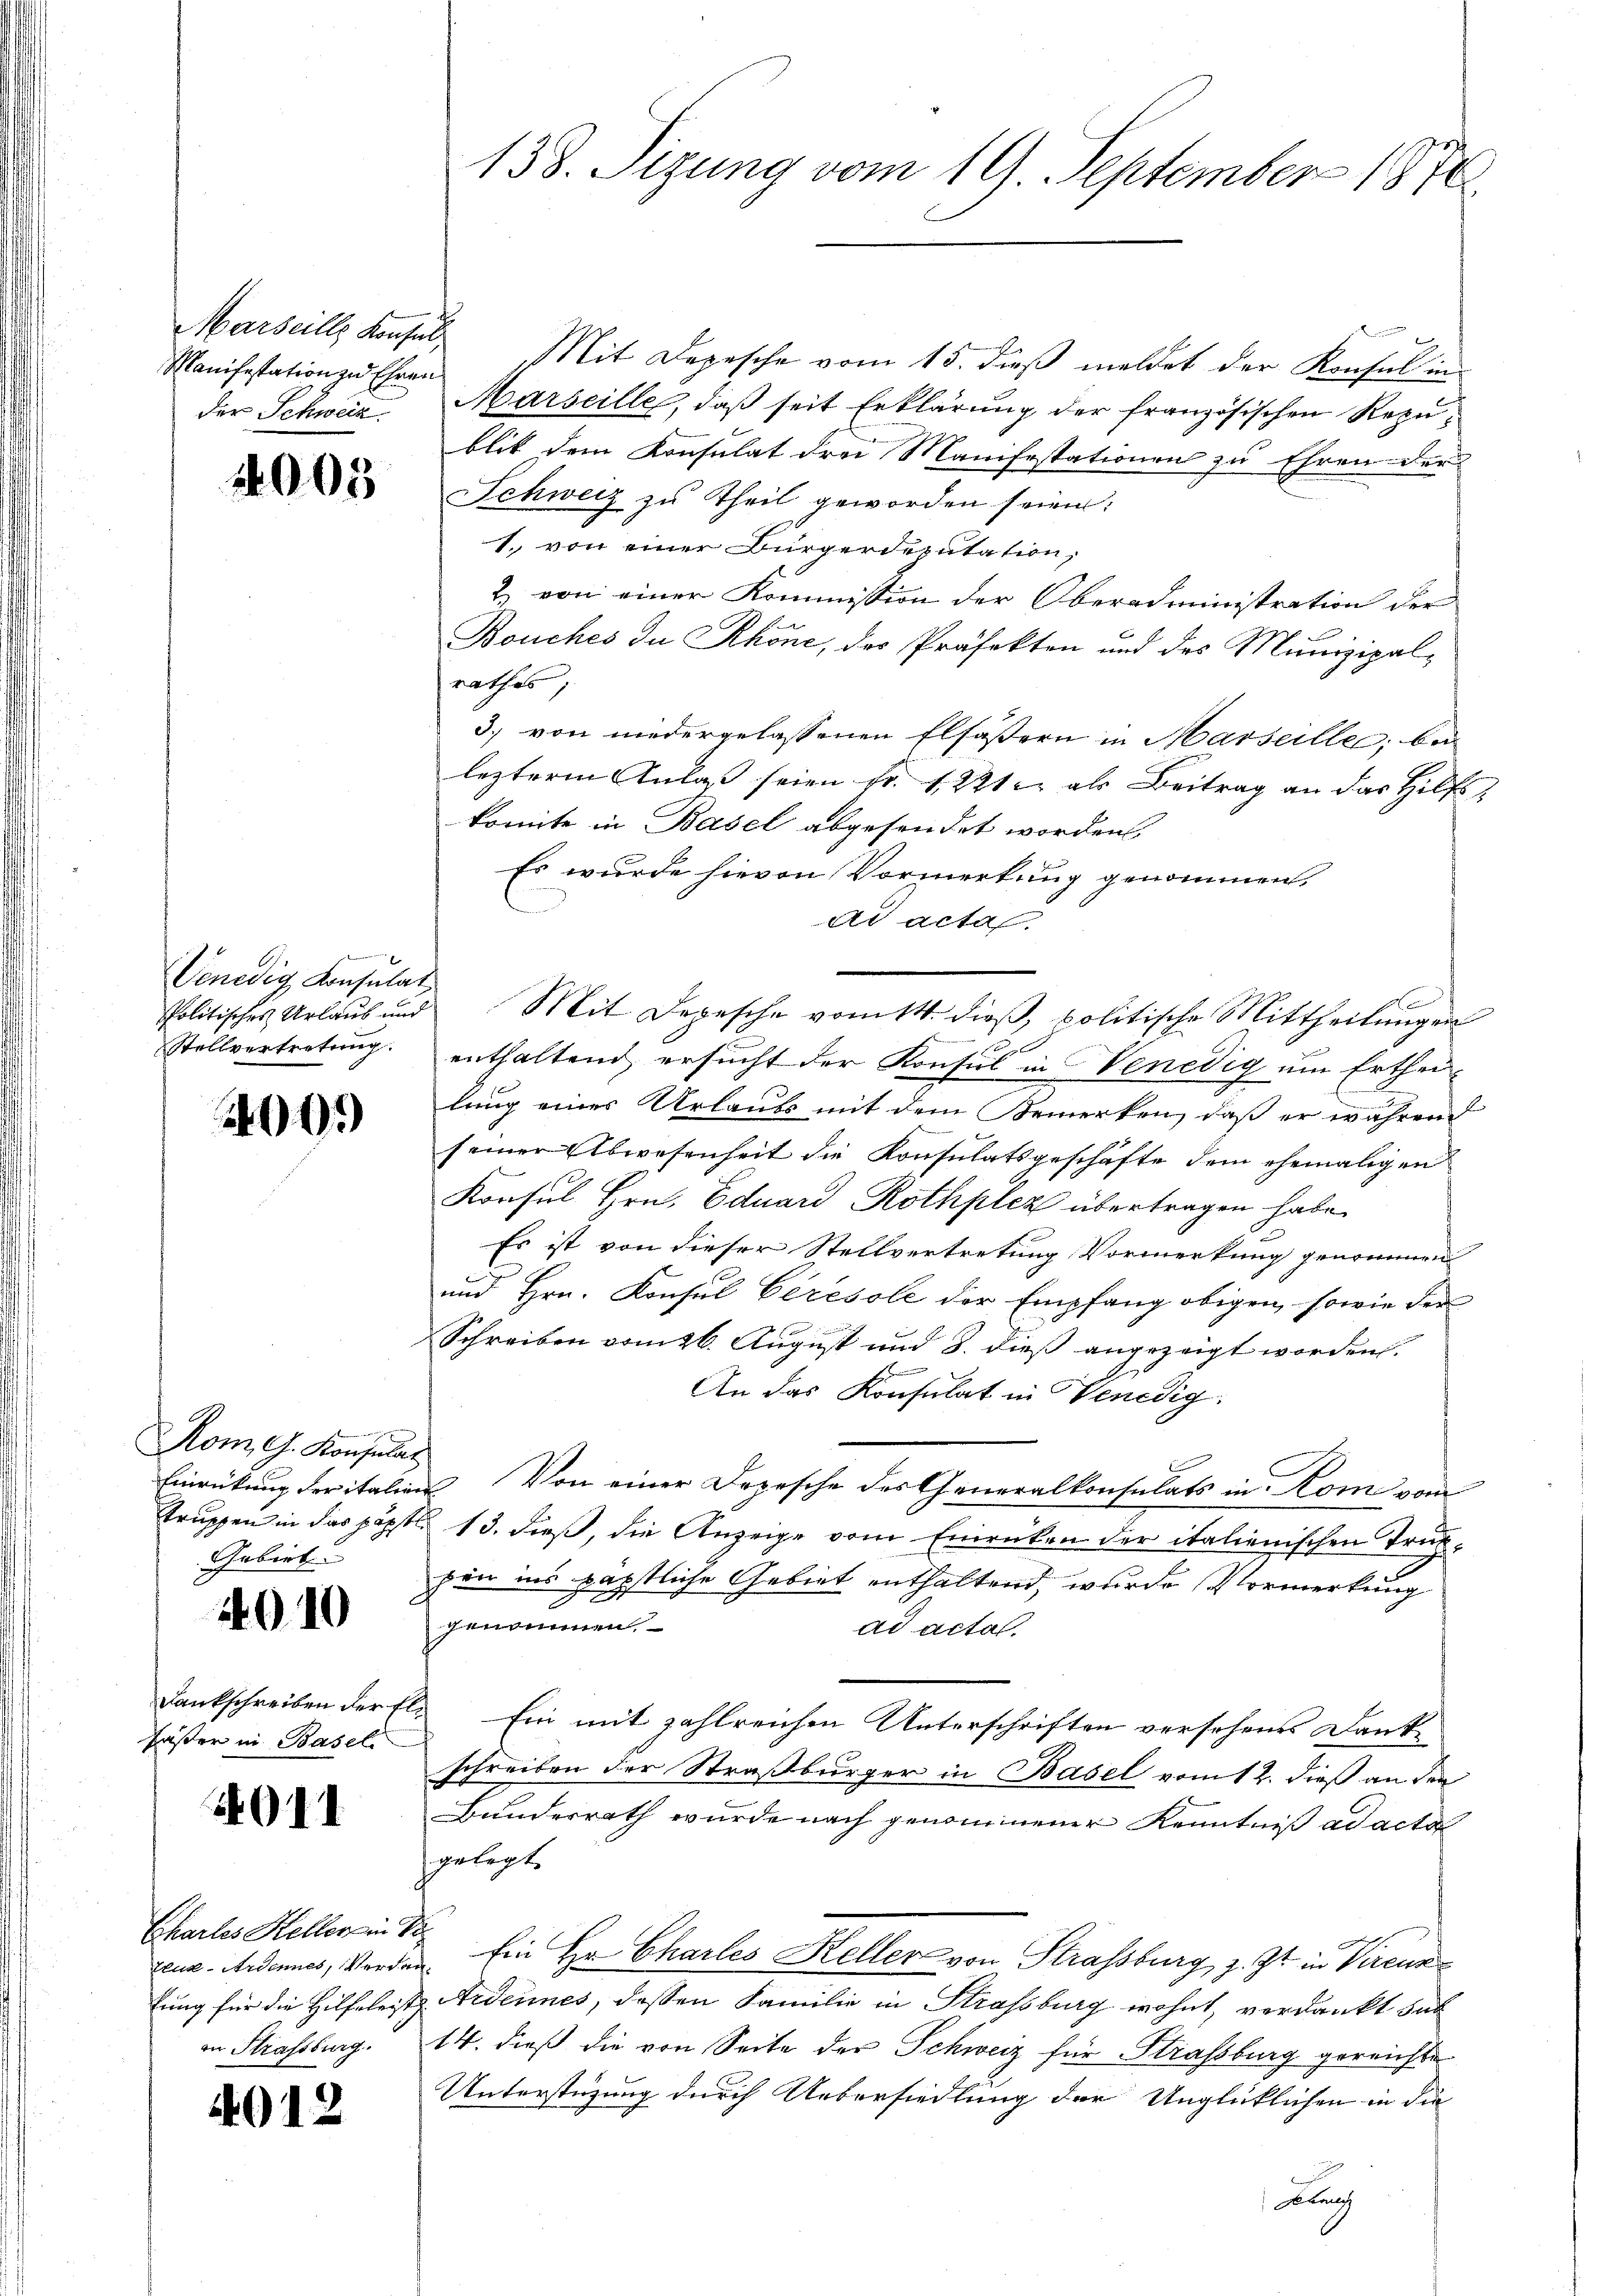
Manifestation zu Ehren
der Schweiz.

400.

Rom, C. Konsulat
Gebiet

4010

Fäßer in Basel

4011

Chartes Keller in di
an Strassburg.

401.

4005

l
Venedig, Konsulat
spolitisches Urlaub und
Stellvertretung.

.
Marseills Konsul Mit Depesche vom 15. dieβ meldet der Konsul in
Marseille, daß seit Erklärung der französischen Rezublik dem Konsulat drei Manifestationen zu Ehren der
Schweiz zu Theil geworden seien:
1. von einer Bürgerdeputation,
2) von einer Kommission der Oberadministration der
Bouches du Rhone, des Präfekten und des Munizipalrathes;
3) von niedergelassenen Elsässern in Marseille, bei
lezteren Anlaß seien Fr. 1 221. als Beitrag an das Hilfs
konnte in Basel abgesendet worden.
Es wurde hievon Vormerkung genommen,
ad acta.
Mit Depesche vom 14. dieß, politische Mittheilungen
enthaltend ersucht der Konsul in Venedig um Ertheilung eines Urlaubs mit dem Bemerken, daß er während
seiner Abwesenheit die Konsulatsgeschäfte dem ehemaligen
Konsul Hrn. Eduard Rothplez übertragen habe.
Es ist von dieser Stellvertretung Vormerkung genommen
und Hrn. Konsul Ceresole der Empfang obigen, sowie der
Schreiben vom 26. August und 8. dieß angezeigt worden.
An das Konsulat in Venedig
Einrückung deritalien. Von einer Depesche des Generalkonsulats in Komi vom
truppen in das päpstl. 13. dieß, die Anzeige vom Einrücken der italienischen Truppen ins pästliche Gebiet enthaltend, wurde Vormerkung
e
genommen.
ad actal.
Dankschreiben der fl. Ein mit zahlreichen Unterschriften versehenes Dank-
schreiben der Straßburger in Basel vom 12. dieß an den
Bundesrath wurde nach genommener Kenntniß ad acta
gelegt.
Zeur-Ardonnes, Vorden. Ein Hr. Chartes Keller von Strassburg z. Zt. in Vierenz
tung für die Hilfeleist. Ardernes, dessen Familie in Strassburg wohnt, verdankt sub
14. dieß die von Seite der Schweiz für Strassburg gereichte
Unterstüzung durch Uebersiedlung der Unglücklichen in die
Blanch

138. Sizung vom 19. September 1870